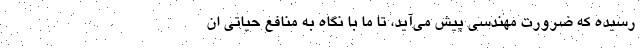
رسیده که ضرورت مهندسی پیش می‌آید، تا ما با نگاه به منافع حیاتی ان